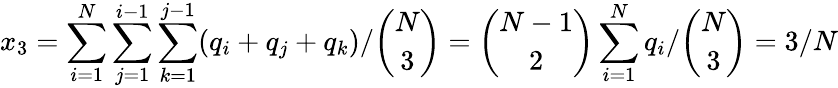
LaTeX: x_{3}=\sum_{i=1}^{N}\sum_{j=1}^{i-1}\sum_{k=1}^{j-1}(q_{i}+q_{j}+q_{k})/\binom{N}{3}=\binom{N-1}{2}\sum_{i=1}^{N}q_{i}/\binom{N}{3}=3/N